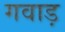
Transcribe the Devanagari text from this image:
गवाड़